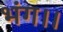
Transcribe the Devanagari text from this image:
भंग।।